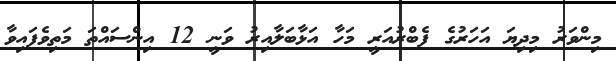
މިންވަރު މިދިޔަ އަހަރުގެ ފެބްރުއަރީ މަހާ އަޅާބަލާއިރު ވަނީ 12 އިންސައްތަ މަތިވެފައިވާ